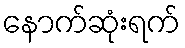
နောက်ဆုံးရက်